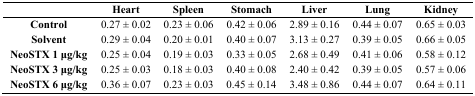
|  | Heart | Spleen | Stomach | Liver | Lung | Kidney |
 | --- | --- | --- | --- | --- | --- | --- |
 | Control | 0.27 ± 0.02 | 0.23 ± 0.06 | 0.42 ± 0.06 | 2.89 ± 0.16 | 0.44 ± 0.07 | 0.65 ± 0.03 |
 | Solvent | 0.29 ± 0.04 | 0.20 ± 0.01 | 0.40 ± 0.07 | 3.13 ± 0.27 | 0.39 ± 0.05 | 0.66 ± 0.05 |
 | NeoSTX 1 μg/kg | 0.25 ± 0.04 | 0.19 ± 0.03 | 0.33 ± 0.05 | 2.68 ± 0.49 | 0.41 ± 0.06 | 0.58 ± 0.12 |
 | NeoSTX 3 μg/kg | 0.25 ± 0.03 | 0.18 ± 0.03 | 0.40 ± 0.08 | 2.40 ± 0.42 | 0.39 ± 0.05 | 0.57 ± 0.06 |
 | NeoSTX 6 μg/kg | 0.36 ± 0.07 | 0.23 ± 0.03 | 0.45 ± 0.14 | 3.48 ± 0.86 | 0.44 ± 0.07 | 0.64 ± 0.11 |